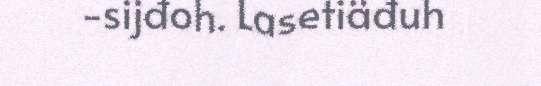
-sijđoh. Lasetiäđuh